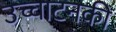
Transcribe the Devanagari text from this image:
उच्चाटनकी